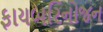
ફાયબરિનોજન